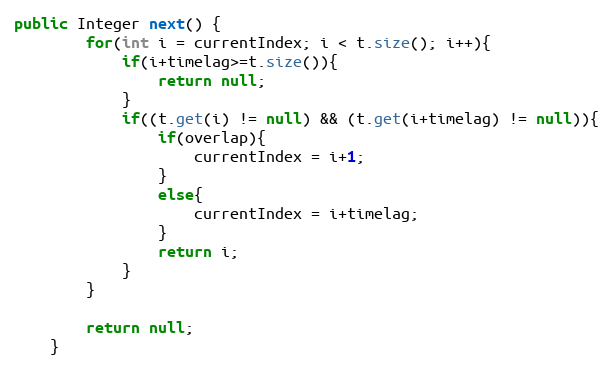
Language: Java
public Integer next() {
		for(int i = currentIndex; i < t.size(); i++){
			if(i+timelag>=t.size()){
				return null;
			}
			if((t.get(i) != null) && (t.get(i+timelag) != null)){
				if(overlap){
					currentIndex = i+1;
				}
				else{
					currentIndex = i+timelag;
				}
				return i;
			}
		}

		return null;
	}